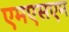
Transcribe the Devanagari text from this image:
एमएसएम